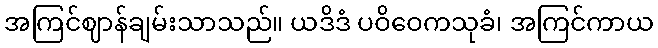
အကြင်ဈာန်ချမ်းသာသည်။ ယဒိဒံ ပဝိဝေကသုခံ၊ အကြင်ကာယ